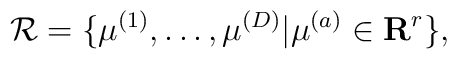
{\cal R}=\{\mu^{(1)},\ldots,\mu^{(D)}|\mu^{(a)}\in {\bf R}^r\},